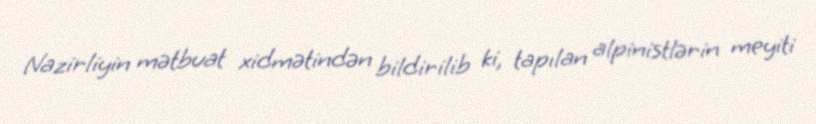
Nazirliyin mətbuat xidmətindən bildirilib ki, tapılan alpinistlərin meyiti